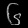
Digit: ၆